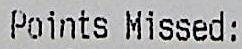
POINTS MISSED: